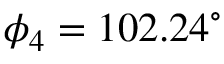
\phi _ { 4 } = 1 0 2 . 2 4 ^ { \circ }